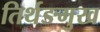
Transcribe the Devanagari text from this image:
तिर्थङमुख